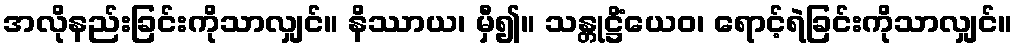
အလိုနည်းခြင်းကိုသာလျှင်။ နိဿာယ၊ မှီ၍။ သန္တုဋ္ဌိံယေဝ၊ ရောင့်ရဲခြင်းကိုသာလျှင်။